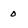
Character: 0